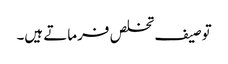
توصیف تخلص فرماتے ہیں۔